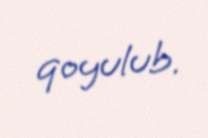
qoyulub.